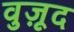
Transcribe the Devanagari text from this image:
वुज़ूद